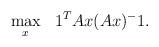
LaTeX: \begin{align*}\begin{aligned}&\max_{x}&&1^{T}Ax(Ax)^{-}1.\end{aligned}\end{align*}